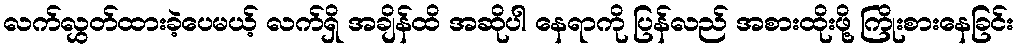
လက်လွှတ်ထားခဲ့ပေမယ့် လက်ရှိ အချိန်ထိ အဆိုပါ နေရာကို ပြန်လည် အစားထိုးဖို့ ကြိုးစားနေခြင်း